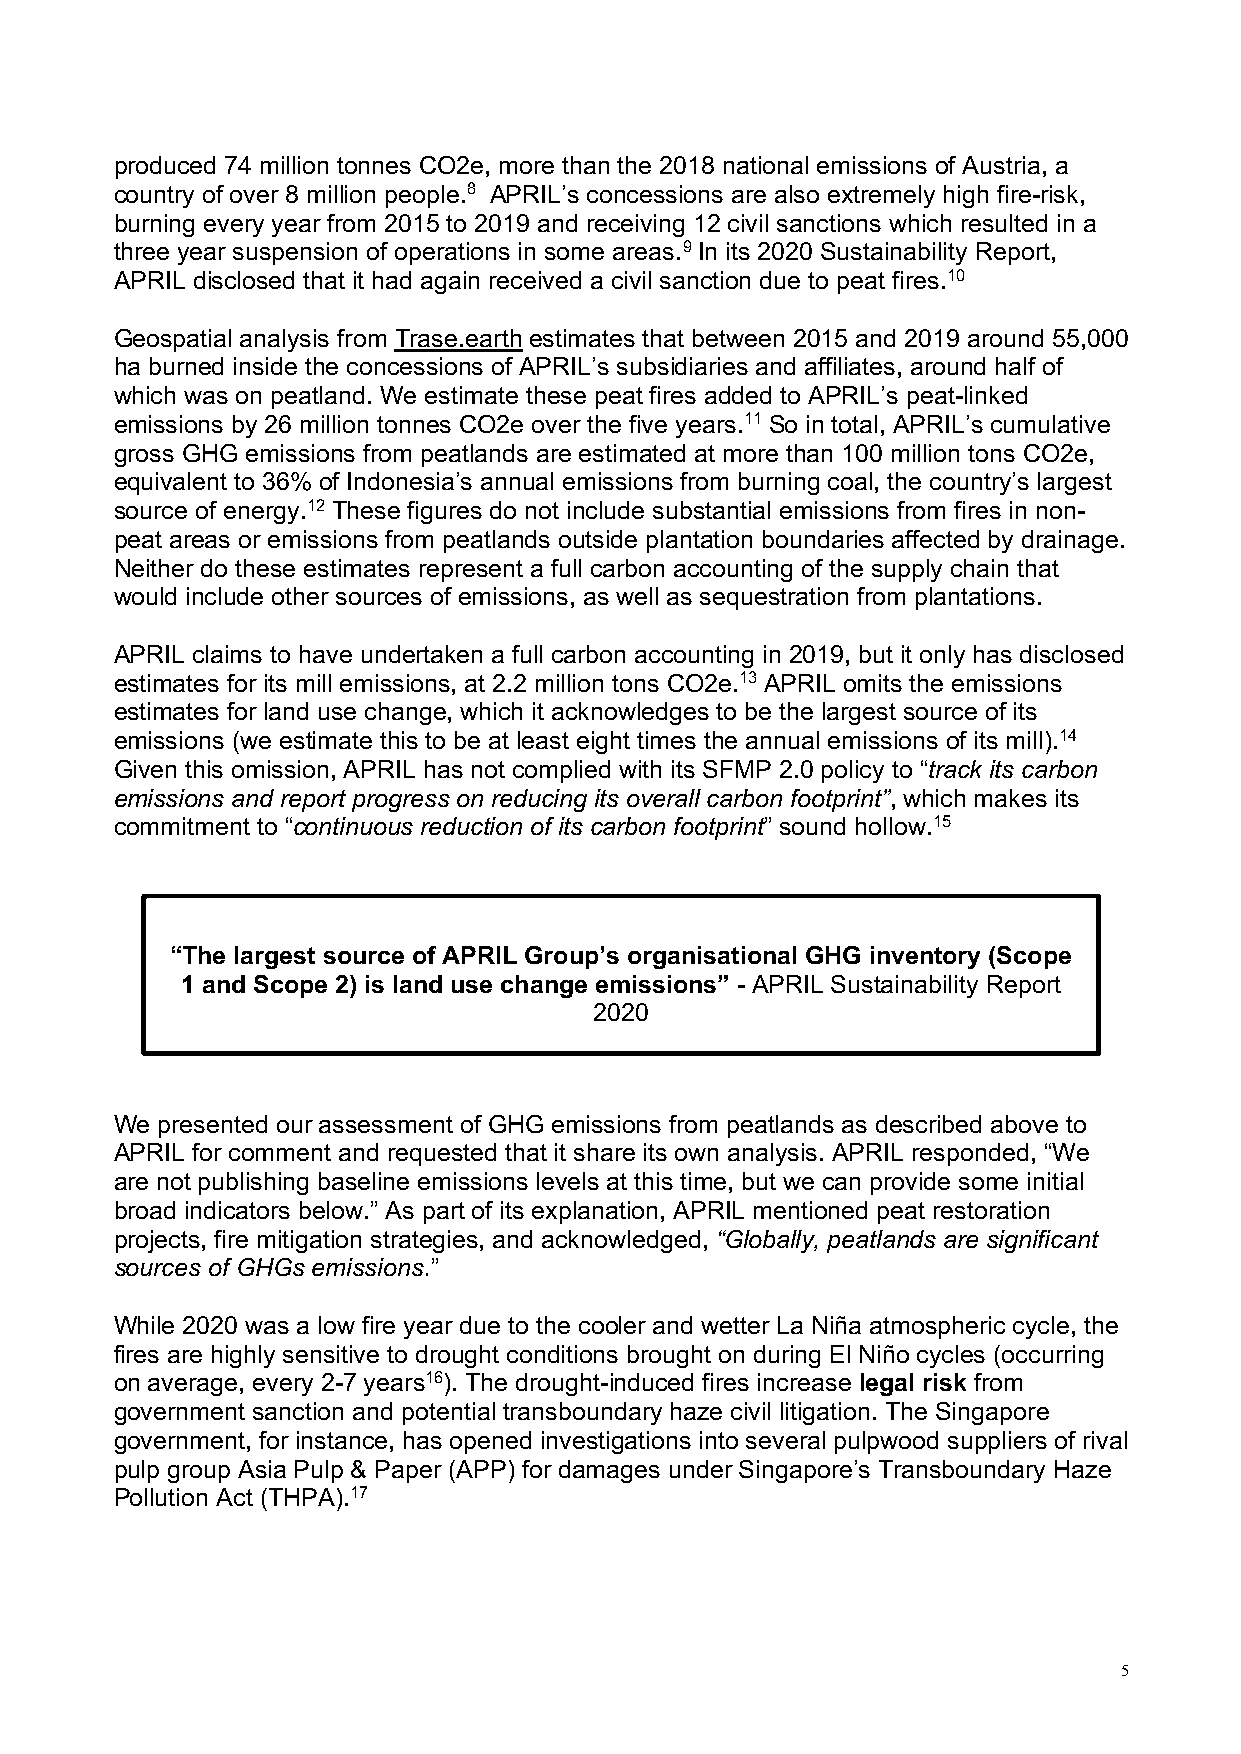
produced 74 million tonnes CO2e, more than the 2018 national emissions of Austria, a
 country of over 8 million people.8 APRIL’s concessions are also extremely high fire-risk,
 burning every year from 2015 to 2019 and receiving 12 civil sanctions which resulted in a
 three year suspension of operations in some areas.9 In its 2020 Sustainability Report,
 APRIL disclosed that it had again received a civil sanction due to peat fires.10
 Geospatial analysis from Trase.earth estimates that between 2015 and 2019 around 55,000
 ha burned inside the concessions of APRIL’s subsidiaries and affiliates, around half of
 which was on peatland. We estimate these peat fires added to APRIL’s peat-linked
 emissions by 26 million tonnes CO2e over the five years.11 So in total, APRIL’s cumulative
 gross GHG emissions from peatlands are estimated at more than 100 million tons CO2e,
 equivalent to 36% of Indonesia’s annual emissions from burning coal, the country’s largest
 source of energy.12 These figures do not include substantial emissions from fires in non-
 peat areas or emissions from peatlands outside plantation boundaries affected by drainage.
 Neither do these estimates represent a full carbon accounting of the supply chain that
 would include other sources of emissions, as well as sequestration from plantations.
 APRIL claims to have undertaken a full carbon accounting in 2019, but it only has disclosed
 estimates for its mill emissions, at 2.2 million tons CO2e.13 APRIL omits the emissions
 estimates for land use change, which it acknowledges to be the largest source of its
 emissions (we estimate this to be at least eight times the annual emissions of its mill).14
 Given this omission, APRIL has not complied with its SFMP 2.0 policy to “track its carbon
 emissions and report progress on reducing its overall carbon footprint”, which makes its
 commitment to “continuous reduction of its carbon footprint” sound hollow.15
 “The largest source of APRIL Group’s organisational GHG inventory (Scope
 1 and Scope 2) is land use change emissions” - APRIL Sustainability Report
 2020
 We presented our assessment of GHG emissions from peatlands as described above to
 APRIL for comment and requested that it share its own analysis. APRIL responded, “We
 are not publishing baseline emissions levels at this time, but we can provide some initial
 broad indicators below.” As part of its explanation, APRIL mentioned peat restoration
 projects, fire mitigation strategies, and acknowledged, “Globally, peatlands are significant
 sources of GHGs emissions.”
 While 2020 was a low fire year due to the cooler and wetter La Niña atmospheric cycle, the
 fires are highly sensitive to drought conditions brought on during El Niño cycles (occurring
 on average, every 2-7 years16). The drought-induced fires increase legal risk from
 government sanction and potential transboundary haze civil litigation. The Singapore
 government, for instance, has opened investigations into several pulpwood suppliers of rival
 pulp group Asia Pulp & Paper (APP) for damages under Singapore’s Transboundary Haze
 Pollution Act (THPA).17
 5